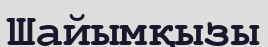
Шайымқызы